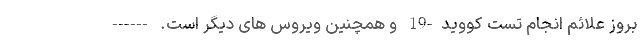
بروز علائم انجام تست کووید-19 و همچنین ویروس های دیگر است. ------